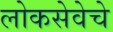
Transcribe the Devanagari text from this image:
लोकसेवेचे